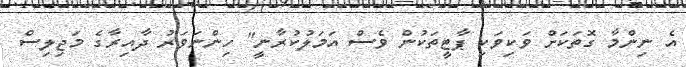
އެ ނިންމާ ގޮތަކަށް ވަކިވަކި ޕާޓީތަކުން ވެސް އަމަލުކުރާނީ" ހިންނަވަރު ދާއިރާގެ މަޖިލިސް